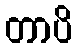
တာပိ